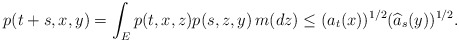
\begin{align*} p(t+s,x,y)=\int_E p(t,x,z)p(s,z,y)\,m(dz)\le (a_t(x))^{1/2}(\widehat{a}_s(y))^{1/2}.\end{align*}